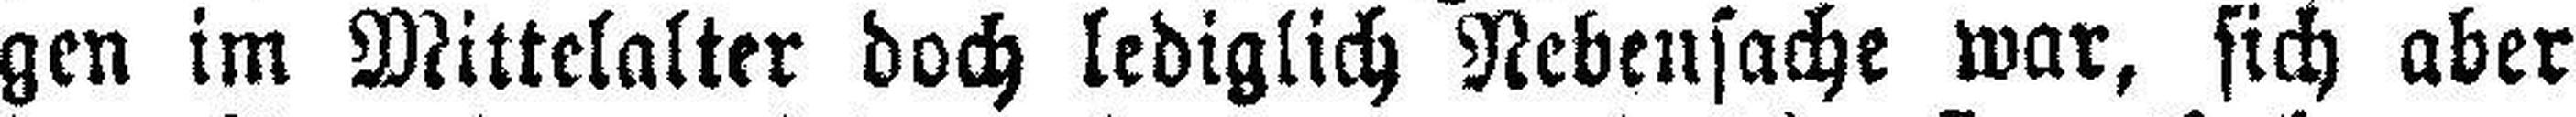
gen im Mittelalter doch lediglich Nebensache war, sich aber